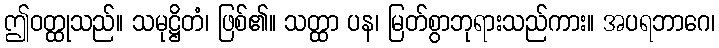
ဤဝတ္ထုသည်။ သမုဋ္ဌိတံ၊ ဖြစ်၏။ သတ္ထာ ပန၊ မြတ်စွာဘုရားသည်ကား။ အပရဘာဂေ၊